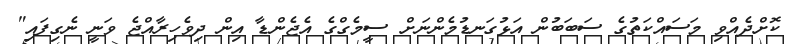
ކޮށްދެއްވި މަސައްކަތުގެ ސަބަބުން އަޅުގަނޑުމެންނަށް ސީމެގްގެ އެޖެންޑާ އިން ދިވެހިރާއްޖެ ވަނީ ނެގިފައި"